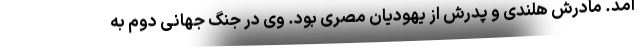
آمد. مادرش هلندی و پدرش از یهودیان مصری بود. وی در جنگ جهانی دوم به